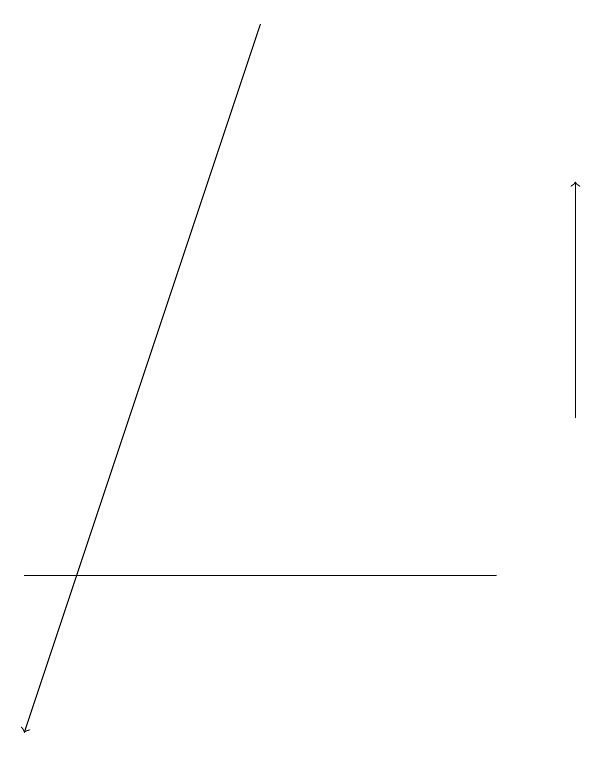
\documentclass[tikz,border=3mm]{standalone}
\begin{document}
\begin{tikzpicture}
\draw[->] (9,14) -- (9,17);
\draw[->] (5,19) -- (2,10);
\draw (8,12) rectangle (2,12);
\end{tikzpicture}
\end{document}